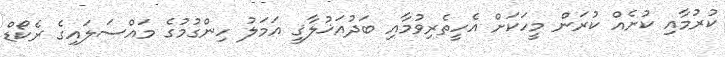
ކުރުމާއި ކުށެއް ކުރަން މީހަކަށް އެހީތެރިވުމާއި ބަދުއަޚުލާޤީ އަމަލު ހިންގުމުގެ މައްސަލައިގެ ރެކޯޑް